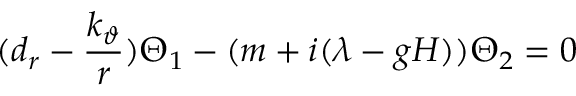
( d _ { r } - { \frac { k _ { \vartheta } } r } ) \Theta _ { 1 } - ( m + i ( \lambda - g H ) ) \Theta _ { 2 } = 0